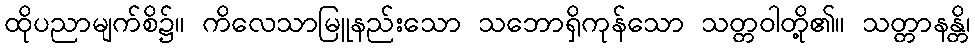
ထိုပညာမျက်စိ၌။ ကိလေသာမြူနည်းသော သဘောရှိကုန်သော သတ္တဝါတို့၏။ သတ္တာနန္တိ၊